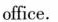
office.